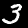
Label: 3